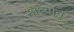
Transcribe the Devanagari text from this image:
मोघ्यानू